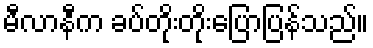
မီလာနီက ခပ်တိုးတိုးပြောပြန်သည်။